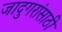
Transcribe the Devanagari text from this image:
जादुगरांसाठी